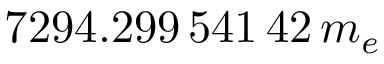
7 2 9 4 . 2 9 9 \, 5 4 1 \, 4 2 \, m _ { e }